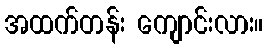
အထက်တန်း ကျောင်းလား။